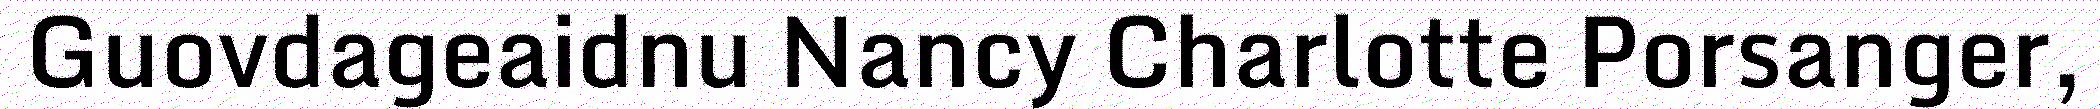
Guovdageaidnu Nancy Charlotte Porsanger,